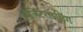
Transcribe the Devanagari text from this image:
मिलिटराइजिंग